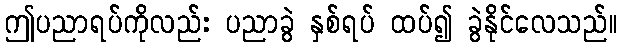
ဤပညာရပ်ကိုလည်း ပညာခွဲ နှစ်ရပ် ထပ်၍ ခွဲနိုင်လေသည်။